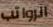
الرواتب